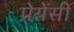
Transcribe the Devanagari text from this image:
प्रेग्नेंसी